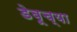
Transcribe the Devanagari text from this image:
डेबूच्या